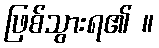
ဖြစ်သွားရ၏ ။